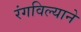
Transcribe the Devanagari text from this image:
रंगविल्याने